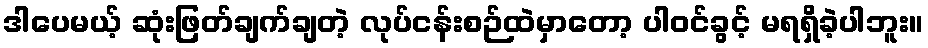
ဒါပေမယ့် ဆုံးဖြတ်ချက်ချတဲ့ လုပ်ငန်းစဉ်ထဲမှာတော့ ပါဝင်ခွင့် မရရှိခဲ့ပါဘူး။